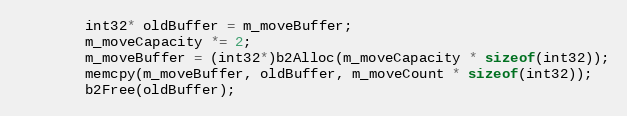
Language: C++
		int32* oldBuffer = m_moveBuffer;
		m_moveCapacity *= 2;
		m_moveBuffer = (int32*)b2Alloc(m_moveCapacity * sizeof(int32));
		memcpy(m_moveBuffer, oldBuffer, m_moveCount * sizeof(int32));
		b2Free(oldBuffer);